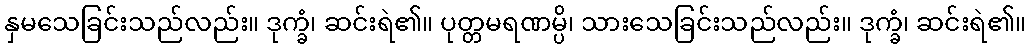
နှမသေခြင်းသည်လည်း။ ဒုက္ခံ၊ ဆင်းရဲ၏။ ပုတ္တမရဏမ္ပိ၊ သားသေခြင်းသည်လည်း။ ဒုက္ခံ၊ ဆင်းရဲ၏။